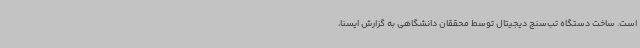
است. ساخت دستگاه تب‌سنج دیجیتال توسط محققان دانشگاهی به گزارش ایسنا،